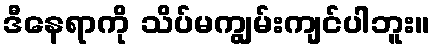
ဒီနေရာကို သိပ်မကျွမ်းကျင်ပါဘူး။